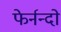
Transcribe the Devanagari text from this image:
फेर्नन्दो